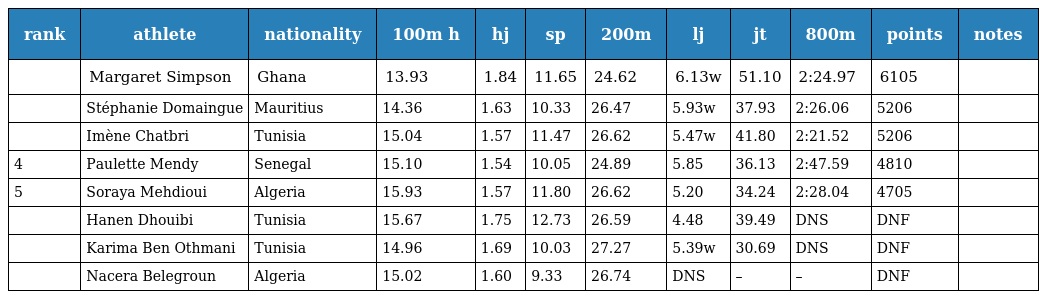
| rank | athlete | nationality | 100m h | hj | sp | 200m | lj | jt | 800m | points | notes |
 | --- | --- | --- | --- | --- | --- | --- | --- | --- | --- | --- | --- |
 |  | Margaret Simpson | Ghana | 13.93 | 1.84 | 11.65 | 24.62 | 6.13w | 51.10 | 2:24.97 | 6105 |  |
 |  | Stéphanie Domaingue | Mauritius | 14.36 | 1.63 | 10.33 | 26.47 | 5.93w | 37.93 | 2:26.06 | 5206 |  |
 |  | Imène Chatbri | Tunisia | 15.04 | 1.57 | 11.47 | 26.62 | 5.47w | 41.80 | 2:21.52 | 5206 |  |
 | 4 | Paulette Mendy | Senegal | 15.10 | 1.54 | 10.05 | 24.89 | 5.85 | 36.13 | 2:47.59 | 4810 |  |
 | 5 | Soraya Mehdioui | Algeria | 15.93 | 1.57 | 11.80 | 26.62 | 5.20 | 34.24 | 2:28.04 | 4705 |  |
 |  | Hanen Dhouibi | Tunisia | 15.67 | 1.75 | 12.73 | 26.59 | 4.48 | 39.49 | DNS | DNF |  |
 |  | Karima Ben Othmani | Tunisia | 14.96 | 1.69 | 10.03 | 27.27 | 5.39w | 30.69 | DNS | DNF |  |
 |  | Nacera Belegroun | Algeria | 15.02 | 1.60 | 9.33 | 26.74 | DNS | – | – | DNF |  |